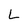
Character: L